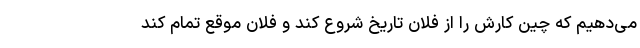
می‌دهیم که چین کارش را از فلان تاریخ شروع کند و فلان موقع تمام کند